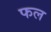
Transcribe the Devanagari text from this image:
फल